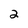
Character: 2